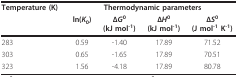
| Temperature (K) | <COLSPAN=4> Thermodynamic parameters |
 |  | ln(K0) | ΔG0 (kJ mol-1) | ΔH0 (kJ mol-1) | ΔS0 (J mol-1 K-1) |
 | --- | --- | --- | --- | --- |
 | 283 | 0.59 | -1.40 | 17.89 | 71.52 |
 | 303 | 0.65 | -1.65 | 17.89 | 70.51 |
 | 323 | 1.56 | -4.18 | 17.89 | 80.78 |